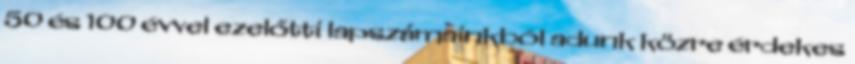
50 és 100 évvel ezelőtti lapszámainkból adunk közre érdekes